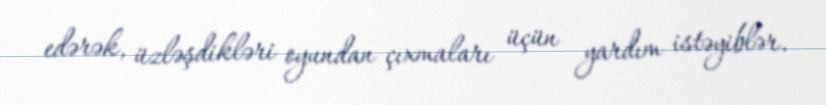
edərək, üzləşdikləri oyundan çıxmaları üçün yardım istəyiblər.